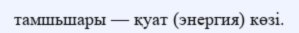
тамшьшары — қуат (энергия) көзі.